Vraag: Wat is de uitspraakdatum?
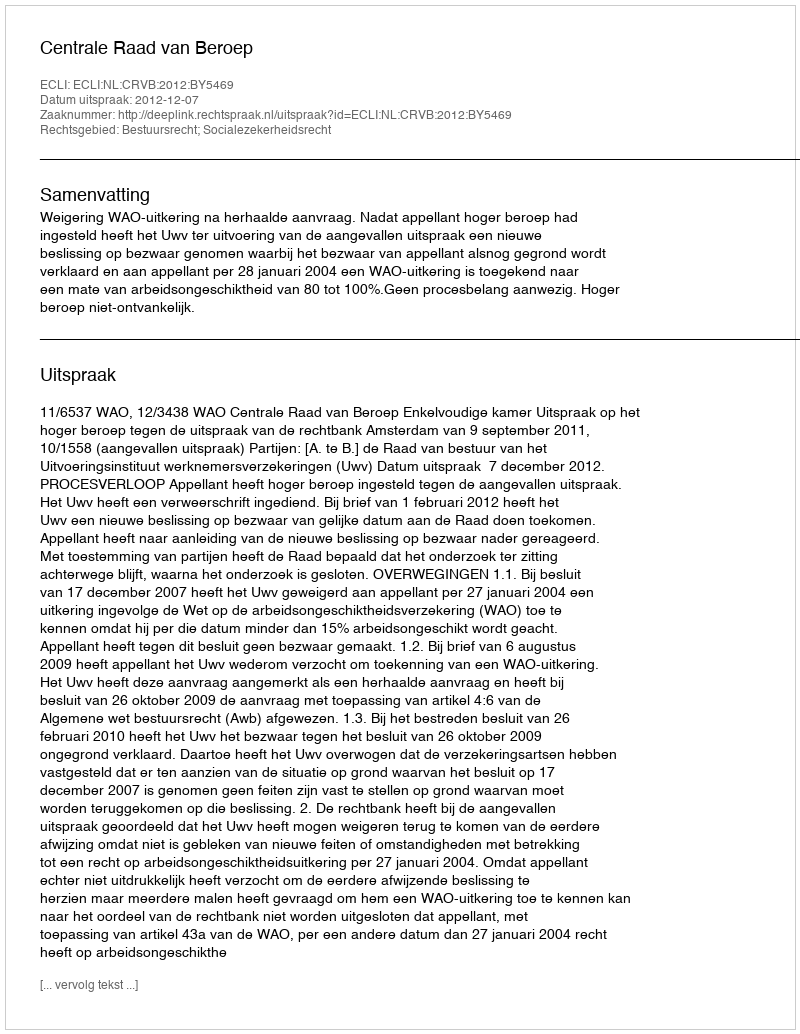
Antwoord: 2012-12-07